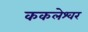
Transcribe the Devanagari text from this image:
ककलेश्वर